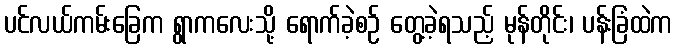
ပင်လယ်ကမ်းခြေက ရွာကလေးသို့ ရောက်ခဲ့စဉ် တွေ့ခဲ့ရသည့် မုန်တိုင်း၊ ပန်းခြံထဲက